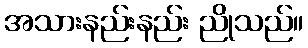
အသားနည်းနည်း ညိုသည်။